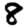
Digit: 8